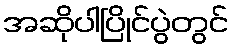
အဆိုပါပြိုင်ပွဲတွင်